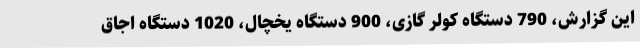
این گزارش، 790 دستگاه کولر گازی، 900 دستگاه یخچال، 1020 دستگاه اجاق